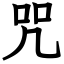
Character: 咒